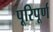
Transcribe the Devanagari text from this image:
पूरिपूर्ण